Vaccination United Provinces of Agra and Oudh 1914-1922 - 1914-1922
Year: 1914
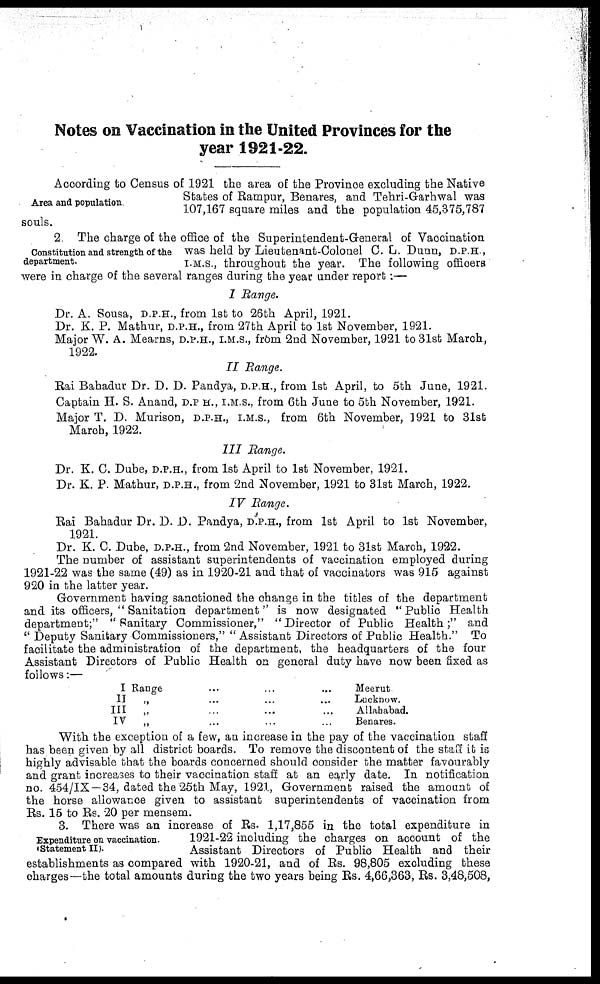
Notes on Vaccination in the United Provinces for the
year 1921-22.
Area and population
According to Census of 1921 the area of the Province excluding the Native
States of Rampur, Benares, and Tehri-Garhwal was
107,167 square miles and the population 45,375,787
souls.
Constitution and strength of the
department.
2 The charge of the office of the Superintendent-General of Vaccination
was held by Lieutenant-Colonel C. L. Dunn, D.P.H ,
I.M.S., throughout the year. The following officers
were in charge of the several ranges during the year under report :—
I Range.
Dr. A. Sousa, D.P.H., from 1st to 26th April, 1921.
Dr. K. P. Mathur, D.P.H., from 27th April to 1st November, 1921.
Major W. A. Mearns, D.P.H., I.M.S., from 2nd November, 1921 to 31st March,
1922.
II Range.
Rai Bahadur Dr. D. D. Pandya, D.P.H., from 1st April, to 5th June, 1921.
Captain H. S. Anand, D.P.H., I.M.S., from 6th June to 5th November, 1921.
Major T. D. Murison, D.P.H., I.M.S., from 6th November, 1921 to 31st
March, 1922.
III Range.
Dr. K. C. Dube, D.P.H., from 1st April to 1st November, 1921.
Dr. K. P. Mathur, D.P.H., from 2nd November, 1921 to 31st March, 1922.
IV Range.
Rai Bahadur Dr. D. D. Pandya, D.P.H., from 1st April to 1st November,
1921.
Dr. K. C. Dube, D.P.H., from 2nd November, 1921 to 31st March, 1922.
The number of assistant superintendents of vaccination employed during
1921-22 was the same (49) as in 1920-21 and that of vaccinators was 915 against
920 in the latter year.
Government having sanctioned the change in the titles of the department
and its officers, " Sanitation department" is now designated "Public Health
department;" " Sanitary Commissioner," "Director of Public Health;" and
" Deputy Sanitary Commissioners," " Assistant Directors of Public Health." To
facilitate the administration of the department, the headquarters of the four
Assistant Directors of Public Health on general duty have now been fixed as
follows:—
I Range ... ... ...
II
„ ... ... ...
III
„ ... ... ...
IV „ ... ... ...
Meerut
Locknow.
Allahabad.
Benares.
With the exception of a few, an increase in the pay of the vaccination staff
has been given by all district boards. To remove the discontent of the staff it is
highly advisable that the boards concerned should consider the matter favourably
and grant increases to their vaccination staff at an early date. In notification
no. 454/IX —34, dated the 25th May, 1921, Government raised the amount of
the horse allowance given to assistant superintendents of vaccination from
Rs. 15 to Rs. 20 per mensem.
Expenditure on vaccination.
Statement II).
3. There was an increase of Rs. 1,17,855 in the total expenditure in
1921-22 including the charges on account of the
Assistant Directors of Public Health and their
establishments as compared with 1920-21, and of Rs. 98,805 excluding these
charges—the total amounts during the two years being Rs. 4,66,363, Rs. 3,48,508,